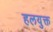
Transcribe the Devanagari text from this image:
हलयुक्त